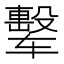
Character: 𰺟